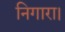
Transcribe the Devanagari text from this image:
निगारा।